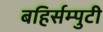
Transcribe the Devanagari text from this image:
बहिर्सम्पुटी